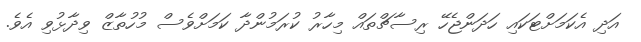
އަދި އެކަމަށްޓަކައި ހަދަންޖެހޭ ރިސާޗްތައް މިހާރު ކުރަމުންދާ ކަމަށްވެސް މުހުތާޒް ވިދާޅުވި އެވެ.